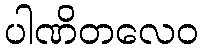
ပါဏိတလေဝ